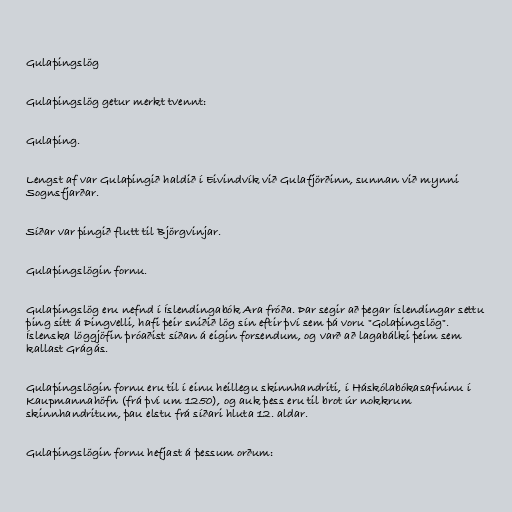
Gulaþingslög

Gulaþingslög getur merkt tvennt:

Gulaþing.

Lengst af var Gulaþingið haldið í Eivindvík við Gulafjörðinn, sunnan við mynni
Sognsfjarðar.

Síðar var þingið flutt til Björgvinjar.

Gulaþingslögin fornu.

Gulaþingslög eru nefnd í Íslendingabók Ara fróða. Þar segir að þegar Íslendingar settu
þing sitt á Þingvelli, hafi þeir sniðið lög sín eftir því sem þá voru "Golaþingslög".
Íslenska löggjöfin þróaðist síðan á eigin forsendum, og varð að lagabálki þeim sem
kallast Grágás.

Gulaþingslögin fornu eru til í einu heillegu skinnhandriti, í Háskólabókasafninu í
Kaupmannahöfn (frá því um 1250), og auk þess eru til brot úr nokkrum
skinnhandritum, þau elstu frá síðari hluta 12. aldar.

Gulaþingslögin fornu hefjast á þessum orðum: